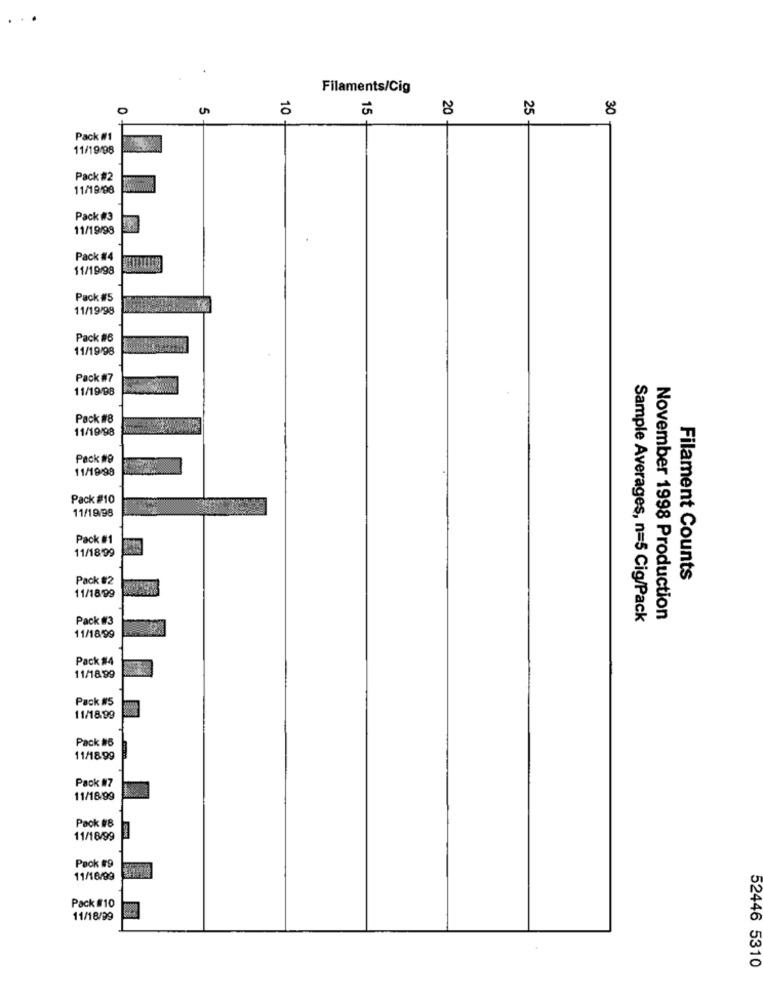
Filaments/Cig
0
U
10
15
20
25
8
Pack #1
11/19/98
Pack #2
11/19/98
Pack #3
11/19/98
Pack #4
11/19/98
Pack #5
11/19/98
Pack #6
11/19/98
Pack W7
11/19/98
Pack #8
11/19/98
Pack #9
11/19/98
Pack #10
11/19/98
Pack #1
11/18/99
Pack #2
Filament Counts
11/18/99
Pack #3
Sample Averages, n=5 Cig/Pack
November 1998 Production
11/18/99
Pack #4
11/1899
Pack #5
11/18.99
Pack #6
11/1899
Pack #7
11/18/99
Pack #8
11/18/99
Pack #9
11/16/99
Pack #10
11/18/99
52446 5310